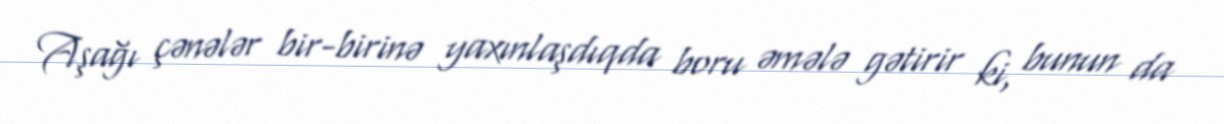
Aşağı çənələr bir-birinə yaxınlaşdıqda boru əmələ gətirir ki, bunun da